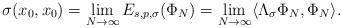
LaTeX: \begin{align*}\sigma(x_0,x_0)=\lim_{N\to\infty}E_{s,p,\sigma}(\Phi_N)=\lim_{N\to\infty}\langle \Lambda_{\sigma}\Phi_N,\Phi_N\rangle.\end{align*}